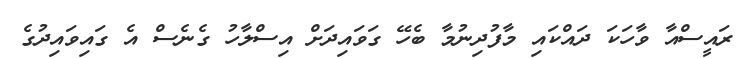
ރައީސްއާ ވާހަކަ ދައްކައި މާފުދިނުމާ ބެހޭ ގަވައިދަށް އިސްލާހު ގެނެސް އެ ގައިވައިދުގެ